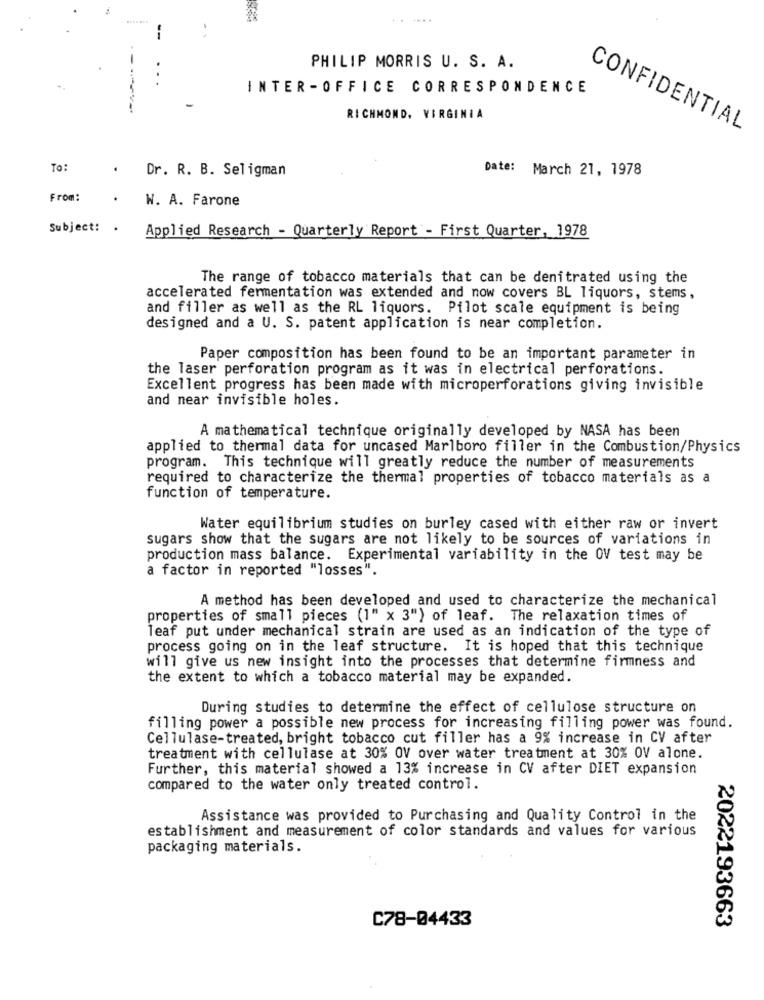
..-
--
-
PHILIP MORRIS U. S. A.
INTER-OFFICE CORRESPONDENCE
RICHMOND, VIRGINIA
CONFIDENTIAL
To:
Dr. R. B. Seligman
Date: March 21, 1978
From:
W. A. Farone
Subject: .
Applied Research - Quarterly Report - First Quarter, 1978
The range of tobacco materials that can be denitrated using the
accelerated fermentation was extended and now covers BL liquors, stems,
and filler as well as the RL liquors. Pilot scale equipment is being
designed and a U. S. patent application is near completion.
Paper composition has been found to be an important parameter in
the laser perforation program as it was in electrical perforations.
Excellent progress has been made with microperforations giving invisible
and near invisible holes.
A mathematical technique originally developed by NASA has been
applied to thermal data for uncased Marlboro filler in the Combustion/Physics
program. This technique will greatly reduce the number of measurements
required to characterize the thermal properties of tobacco materials as a
function of temperature.
Water equilibrium studies on burley cased with either raw or invert
sugars show that the sugars are not likely to be sources of variations in
production mass balance. Experimental variability in the OV test may be
a factor in reported "losses".
A method has been developed and used to characterize the mechanical
properties of small pieces (1" x 3") of leaf. The relaxation times of
leaf put under mechanical strain are used as an indication of the type of
process going on in the leaf structure. It is hoped that this technique
will give us new insight into the processes that determine firmness and
the extent to which a tobacco material may be expanded.
During studies to determine the effect of cellulose structure on
filling power a possible new process for increasing filling power was found.
Cellulase-treated, bright tobacco cut filler has a 9% increase in CV after
treatment with cellulase at 30% OV over water treatment at 30% OV alone.
Further, this material showed a 13% increase in CV after DIET expansion
compared to the water only treated control.
Assistance was provided to Purchasing and Quality Control in the
establishment and measurement of color standards and values for various
packaging materials.
C78-04433
2022193663